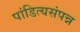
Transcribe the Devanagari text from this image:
पांडित्यसंपन्न